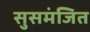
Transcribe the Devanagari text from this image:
सुसमंजित